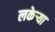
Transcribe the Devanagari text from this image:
लकेऱ्या